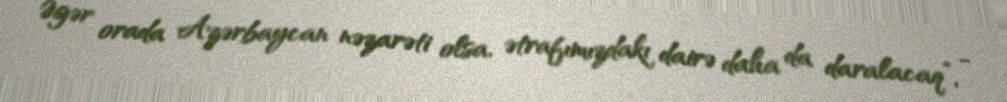
Əgər orada Azərbaycan nəzarəti olsa, ətrafımızdakı dairə daha da daralacaq”, -